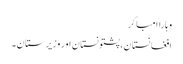
وہاراامباکر
افغانستان، پشتونستان اور وزیرستان۔